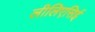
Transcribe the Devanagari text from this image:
लीलिएसिई